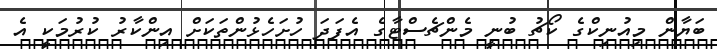
ބަޔާން މިއުނިކްގެ ކޯޗު ބުނީ މެންޗެސްޓާގެ އެފަދަ ހުށަހެޅުންތަކަށް އިންކާރު ކުރުމަކީ އެ